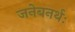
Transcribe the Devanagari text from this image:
जनेबनर्थः